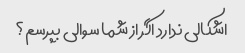
اشکالی ندارد اگر از شما سوالی بپرسم؟